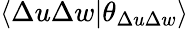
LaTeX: \langle\Delta u\Delta w\vert\theta_{\Delta u\Delta w}\rangle